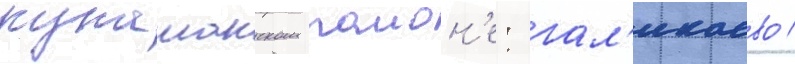
кунашакском раион'е: гал'икаево /